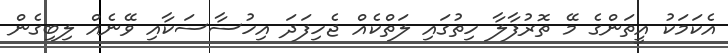
އެކަމަކު އީތަންގެ މޭ ތޮރުފާލާ ހިތުގައި ލަތްކެއް ޖެހިފަދަ އިހުސާސަކާއި ވޭނެއް ލިބިގެން